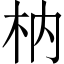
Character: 枘